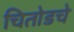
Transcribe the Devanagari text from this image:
चितोडचे